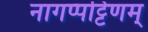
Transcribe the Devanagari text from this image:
नागप्पट्टिणम्